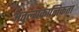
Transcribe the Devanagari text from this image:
अतुल्यकालिकता